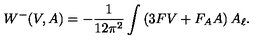
W ^ { - } ( V , A ) = - \frac { 1 } { 1 2 \pi ^ { 2 } } \int \left( 3 F V + F _ { A } A \right) A _ { \ell } .